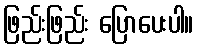
ဖြည်းဖြည်း ပြောပေးပါ။